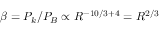
\beta = P _ { k } / P _ { B } \propto R ^ { - 1 0 / 3 + 4 } = R ^ { 2 / 3 }